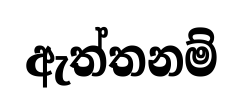
ඇත්තනම්